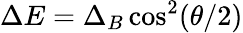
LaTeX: \Delta E=\Delta_{B}\cos^{2}(\theta/2)